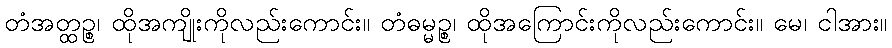
တံအတ္ထဉ္စ၊ ထိုအကျိုးကိုလည်းကောင်း။ တံဓမ္မဉ္စ၊ ထိုအကြောင်းကိုလည်းကောင်း။ မေ၊ ငါအား။